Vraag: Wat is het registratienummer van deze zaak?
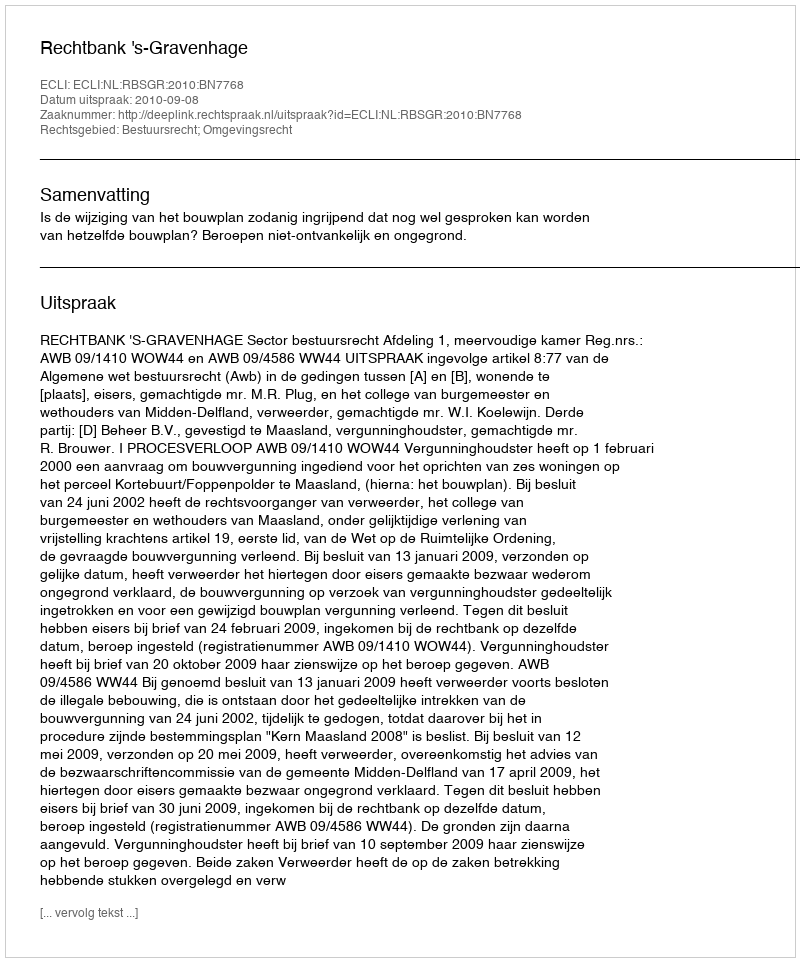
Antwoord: http://deeplink.rechtspraak.nl/uitspraak?id=ECLI:NL:RBSGR:2010:BN7768